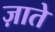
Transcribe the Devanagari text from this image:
ज़ाते